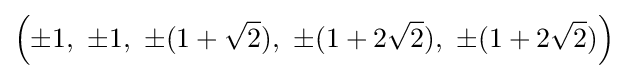
\left(\pm 1,\ \pm 1,\ \pm (1+{\sqrt {2}}),\ \pm (1+2{\sqrt {2}}),\ \pm (1+2{\sqrt {2}})\right)